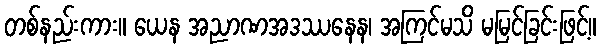
တစ်နည်းကား။ ယေန အညာဏအဒဿနေန၊ အကြင်မသိ မမြင်ခြင်းဖြင့်။